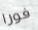
فورا